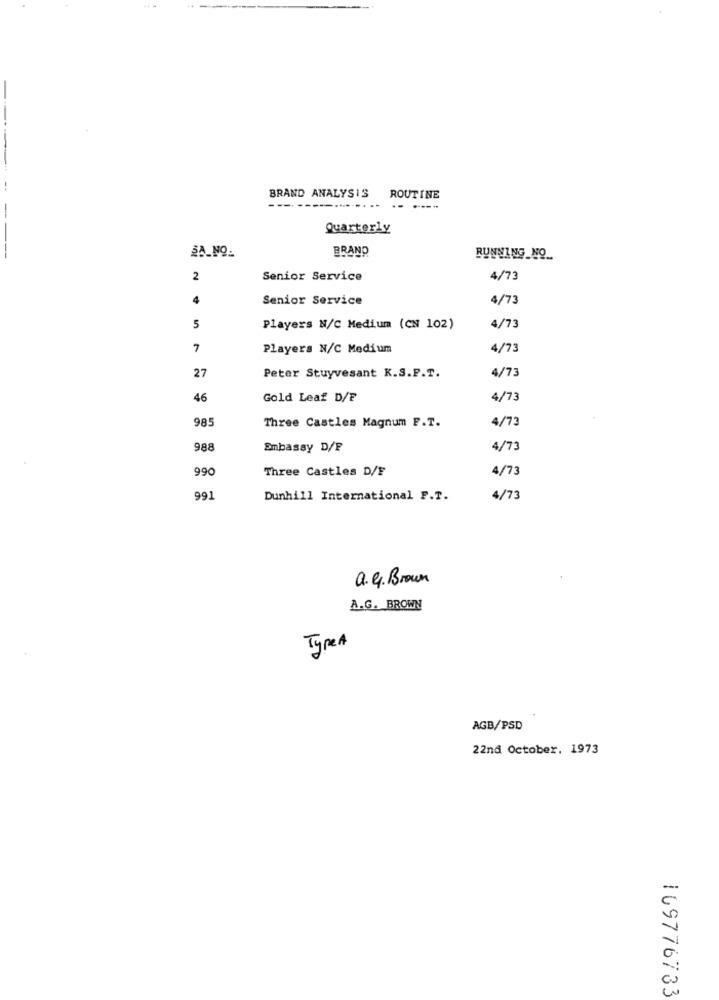
BRAND ANALYSIS
ROUTINE
--- -----.........
-- ----
Quarterly
SA_NO_
BRAND
RUNNING_NO_
2
Senior Service
4/73
4
Senior Service
4/73
5
Players N/C Medium (CN 102)
4/73
7
Players N/C Medium
4/73
27
Peter Stuyvesant K.S.P.T.
4/73
46
Gold Leaf D/F
4/73
985
Three Castles Magnum F.T.
4/73
988
Embassy D/F
4/73
990
Three Castles D/F
4/73
991
Dunhill International P.T.
4/73
a.G. Brown
A.G. BROWN
TypeA
AGB/PSD
22nd October, 1973
109776733